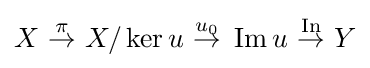
X~{\overset {\pi }{\rightarrow }}~X/\operatorname {ker} u~{\overset {u_{0}}{\rightarrow }}~\operatorname {Im} u~{\overset {\operatorname {In} }{\rightarrow }}~Y